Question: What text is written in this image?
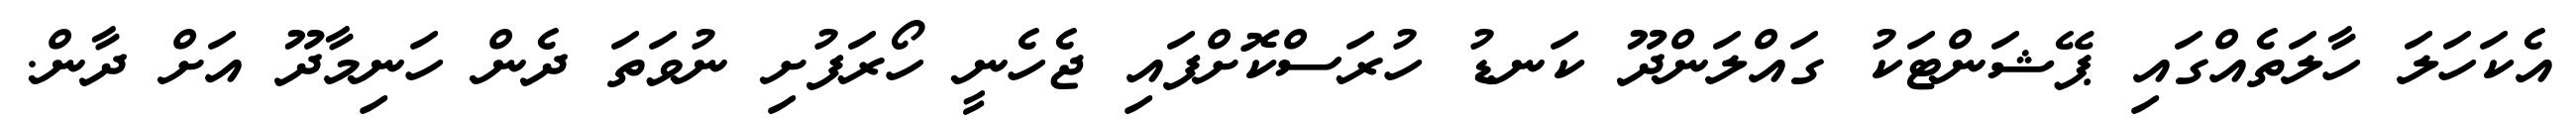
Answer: އެކަހަލަ ހާލަތެއްގައި ޕޭޝަންޓަކު ގައްލަންދޫ ކަނޑު ހުރަސްކޮށްފައި ޖެހެނީ ހޯރަފުށި ނުވަތަ ދެން ހަނިމާދޫ އަށް ދާން.